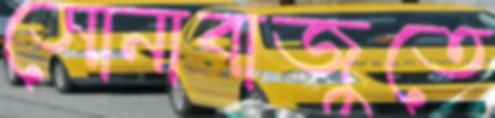
সোনাবাজুতে